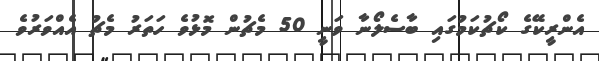
އެންރީކޭގެ ކޯޗުކަމުގައި ބާސެލޯނާ ވަނީ 50 މެޗުން މޮޅުވެ ހަތަރު މެޗު އެއްވަރުވެ